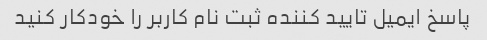
پاسخ ایمیل تایید کننده ثبت نام کاربر را خودکار کنید